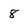
Character: 8